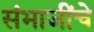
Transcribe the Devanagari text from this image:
संभाजींचे